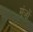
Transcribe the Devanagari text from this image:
मंजों